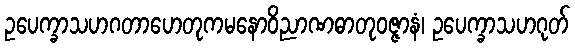
ဥပေက္ခာသဟဂတာဟေတုကမနောဝိညာဏဓာတုဝဇ္ဇာနံ၊ ဥပေက္ခာသဟဂုတ်